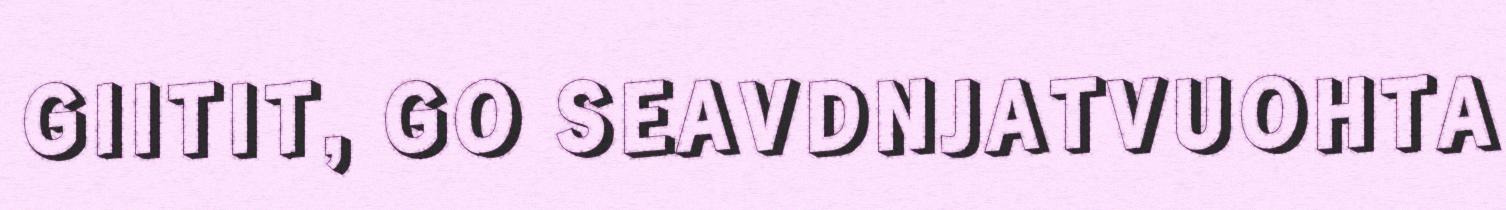
GIITIT, GO SEAVDNJATVUOHTA